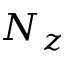
N _ { z }